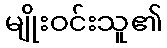
မျိုးဝင်းသူ၏